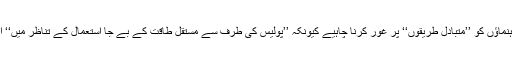
گروپ کا کہنا تھا کہ مصر کے غیر فوجی رہنماؤں کو ’’متبادل طریقوں‘‘ پر غور کرنا چاہیے کیونکہ ’’پولیس کی طرف سے مستقل طاقت کے بے جا استعمال کے تناظر میں‘‘ ایک اور ’’خون خرابے‘‘ کا خطرہ ہوسکتا ہے۔